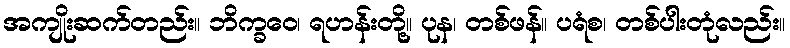
အကျိုးဆက်တည်း။ ဘိက္ခဝေ၊ ရဟန်းတို့။ ပုန၊ တစ်ဖန်။ ပရံစ၊ တစ်ပါးတုံလည်း။